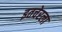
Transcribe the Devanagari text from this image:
इतचेरला